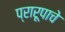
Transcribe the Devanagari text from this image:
प्रारूपाचे